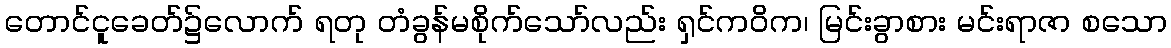
တောင်ငူခေတ်၌လောက် ရတု တံခွန်မစိုက်သော်လည်း ရှင်ကဝိက၊ မြင်းခွာစား မင်းရာဇာ စသော